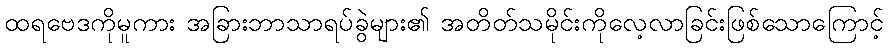
ထရဗေဒကိုမူကား အခြားဘာသာရပ်ခွဲများ၏ အတိတ်သမိုင်းကိုလေ့လာခြင်းဖြစ်သောကြောင့်